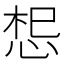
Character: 𭜷